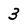
Character: 3